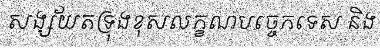
សង្ស័យតទ្រុងខុសលក្ខណបច្ចេកទេស និង